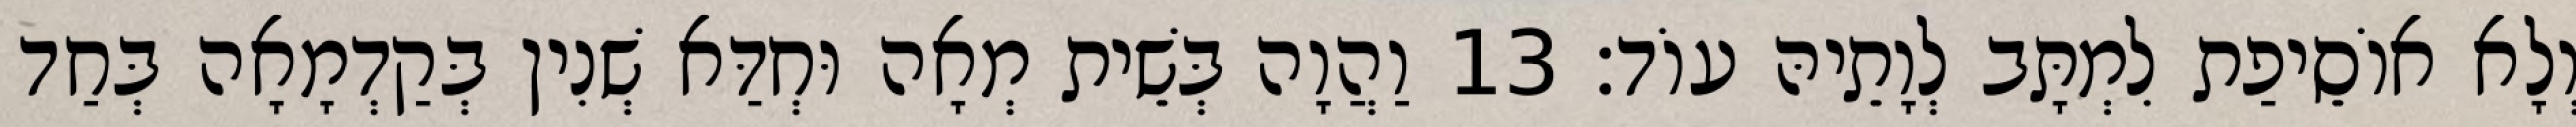
וְלָא אוֹסֵיפַת לִמְתָּב לְוָתֵיהּ עוֹד׃ 13 וַהֲוָה בְּשֵׁית מְאָה וּחְדַּא שְׁנִין בְּקַדְמָאָה בְּחַד